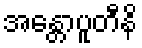
အန္တောပူတီနိ